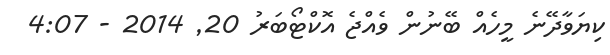
ކިޔަވާދޭނެ މީހެއް ބޭނުން ވެއްޖެ އޮކްޓޯބަރު 20